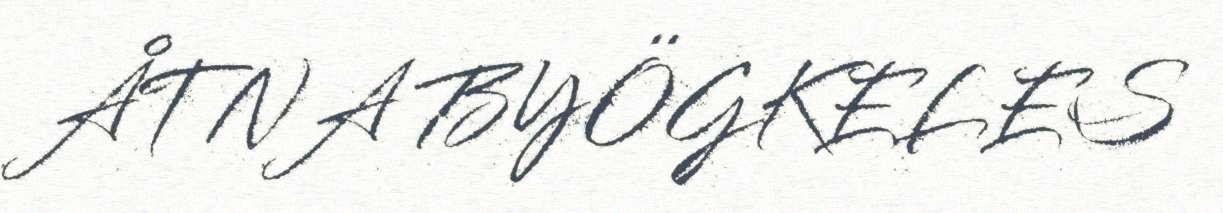
ÅTNA BYÖGKELES